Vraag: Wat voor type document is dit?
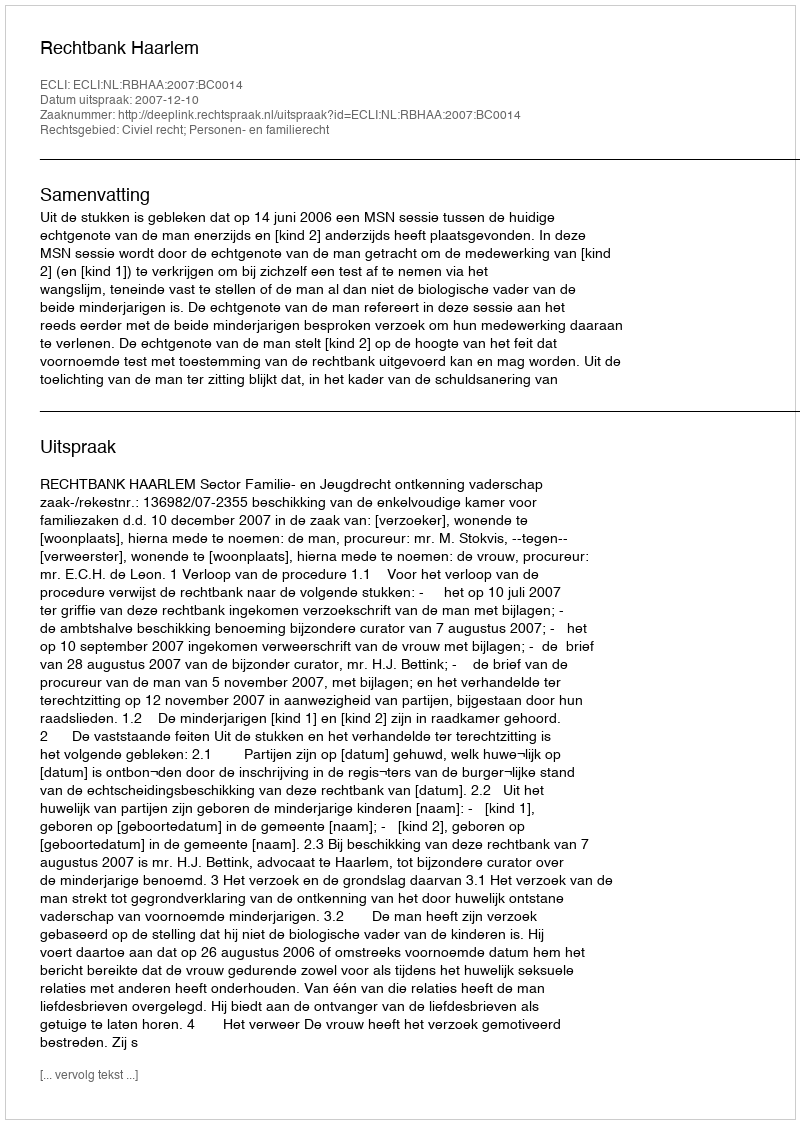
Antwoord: Uitspraak